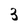
Character: 3